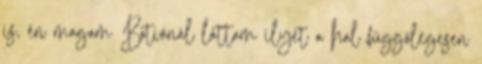
is, én magam Botiánál láttam ilyet a hal függőlegesen